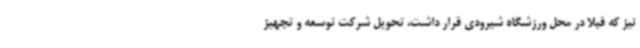
نیز که قبلا در محل ورزشگاه شیرودی قرار داشت، تحویل شرکت توسعه و تجهیز